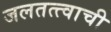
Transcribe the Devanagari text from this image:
जलतत्त्वाची